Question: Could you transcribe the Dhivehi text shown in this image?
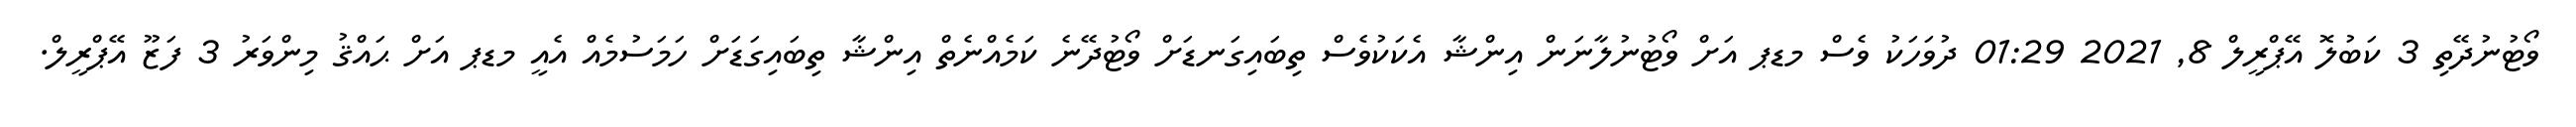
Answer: ވޯޓުނުދޭތި 3 ކަބުލޮ އޭޕްރީލް 8, 2021 01:29 ދުވަހަކު ވެސް މޑޕ އަށް ވޯޓުނުލާނަން އިންޝާ އެކަކުވެސް ތިބައިގަނޑަށް ވޯޓުދޭނެ ކަމެއްނެތް އިންޝާ ތިބައިގަޑަށް ހަމަސުމެއް އެއީ މޑޕ އަށް ޙައްޤު މިންވަރު 3 ފަޒޫ އޭޕްރީލް.